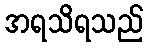
အရသိရသည်